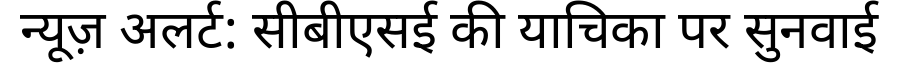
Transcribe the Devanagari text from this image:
न्यूज़ अलर्ट: सीबीएसई की याचिका पर सुनवाई